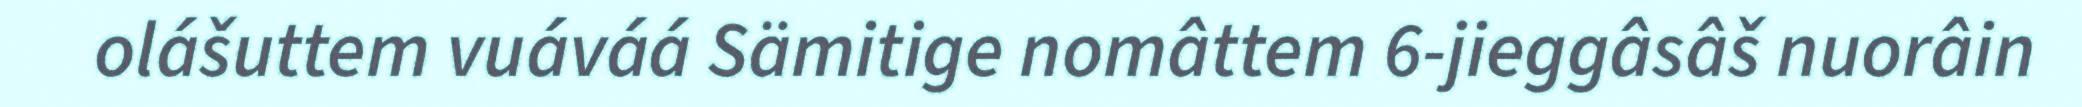
olášuttem vuáváá Sämitige nomâttem 6-jieggâsâš nuorâin